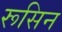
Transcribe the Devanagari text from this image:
रूसिन